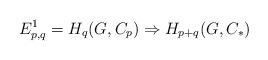
LaTeX: \begin{align*}E^{1}_{p,q} = H_{q}(G, C_{p}) \Rightarrow H_{p+q}(G, C_{*}) \end{align*}